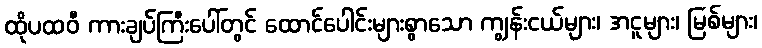
ထိုပထဝီ ကားချပ်ကြီးပေါ်တွင် ထောင်ပေါင်းများစွာသော ကျွန်းငယ်များ၊ အငူများ၊ မြစ်များ၊